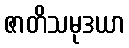
ဇာတိသမုဒယာ